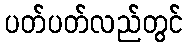
ပတ်ပတ်လည်တွင်